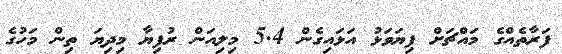
ފަރާތެއްގެ މައްޗަށް ފިޔަވަޅު އަޅައިގެން 5.4 މިލިއަން ރުފިޔާ މިދިޔަ ތިން މަހުގެ